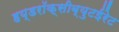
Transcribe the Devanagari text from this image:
हय्डरॉक्सीब्युटईरेट